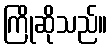
ကြိုဆိုသည်။